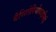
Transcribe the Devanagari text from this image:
बैसिलेरियोफाइसिई